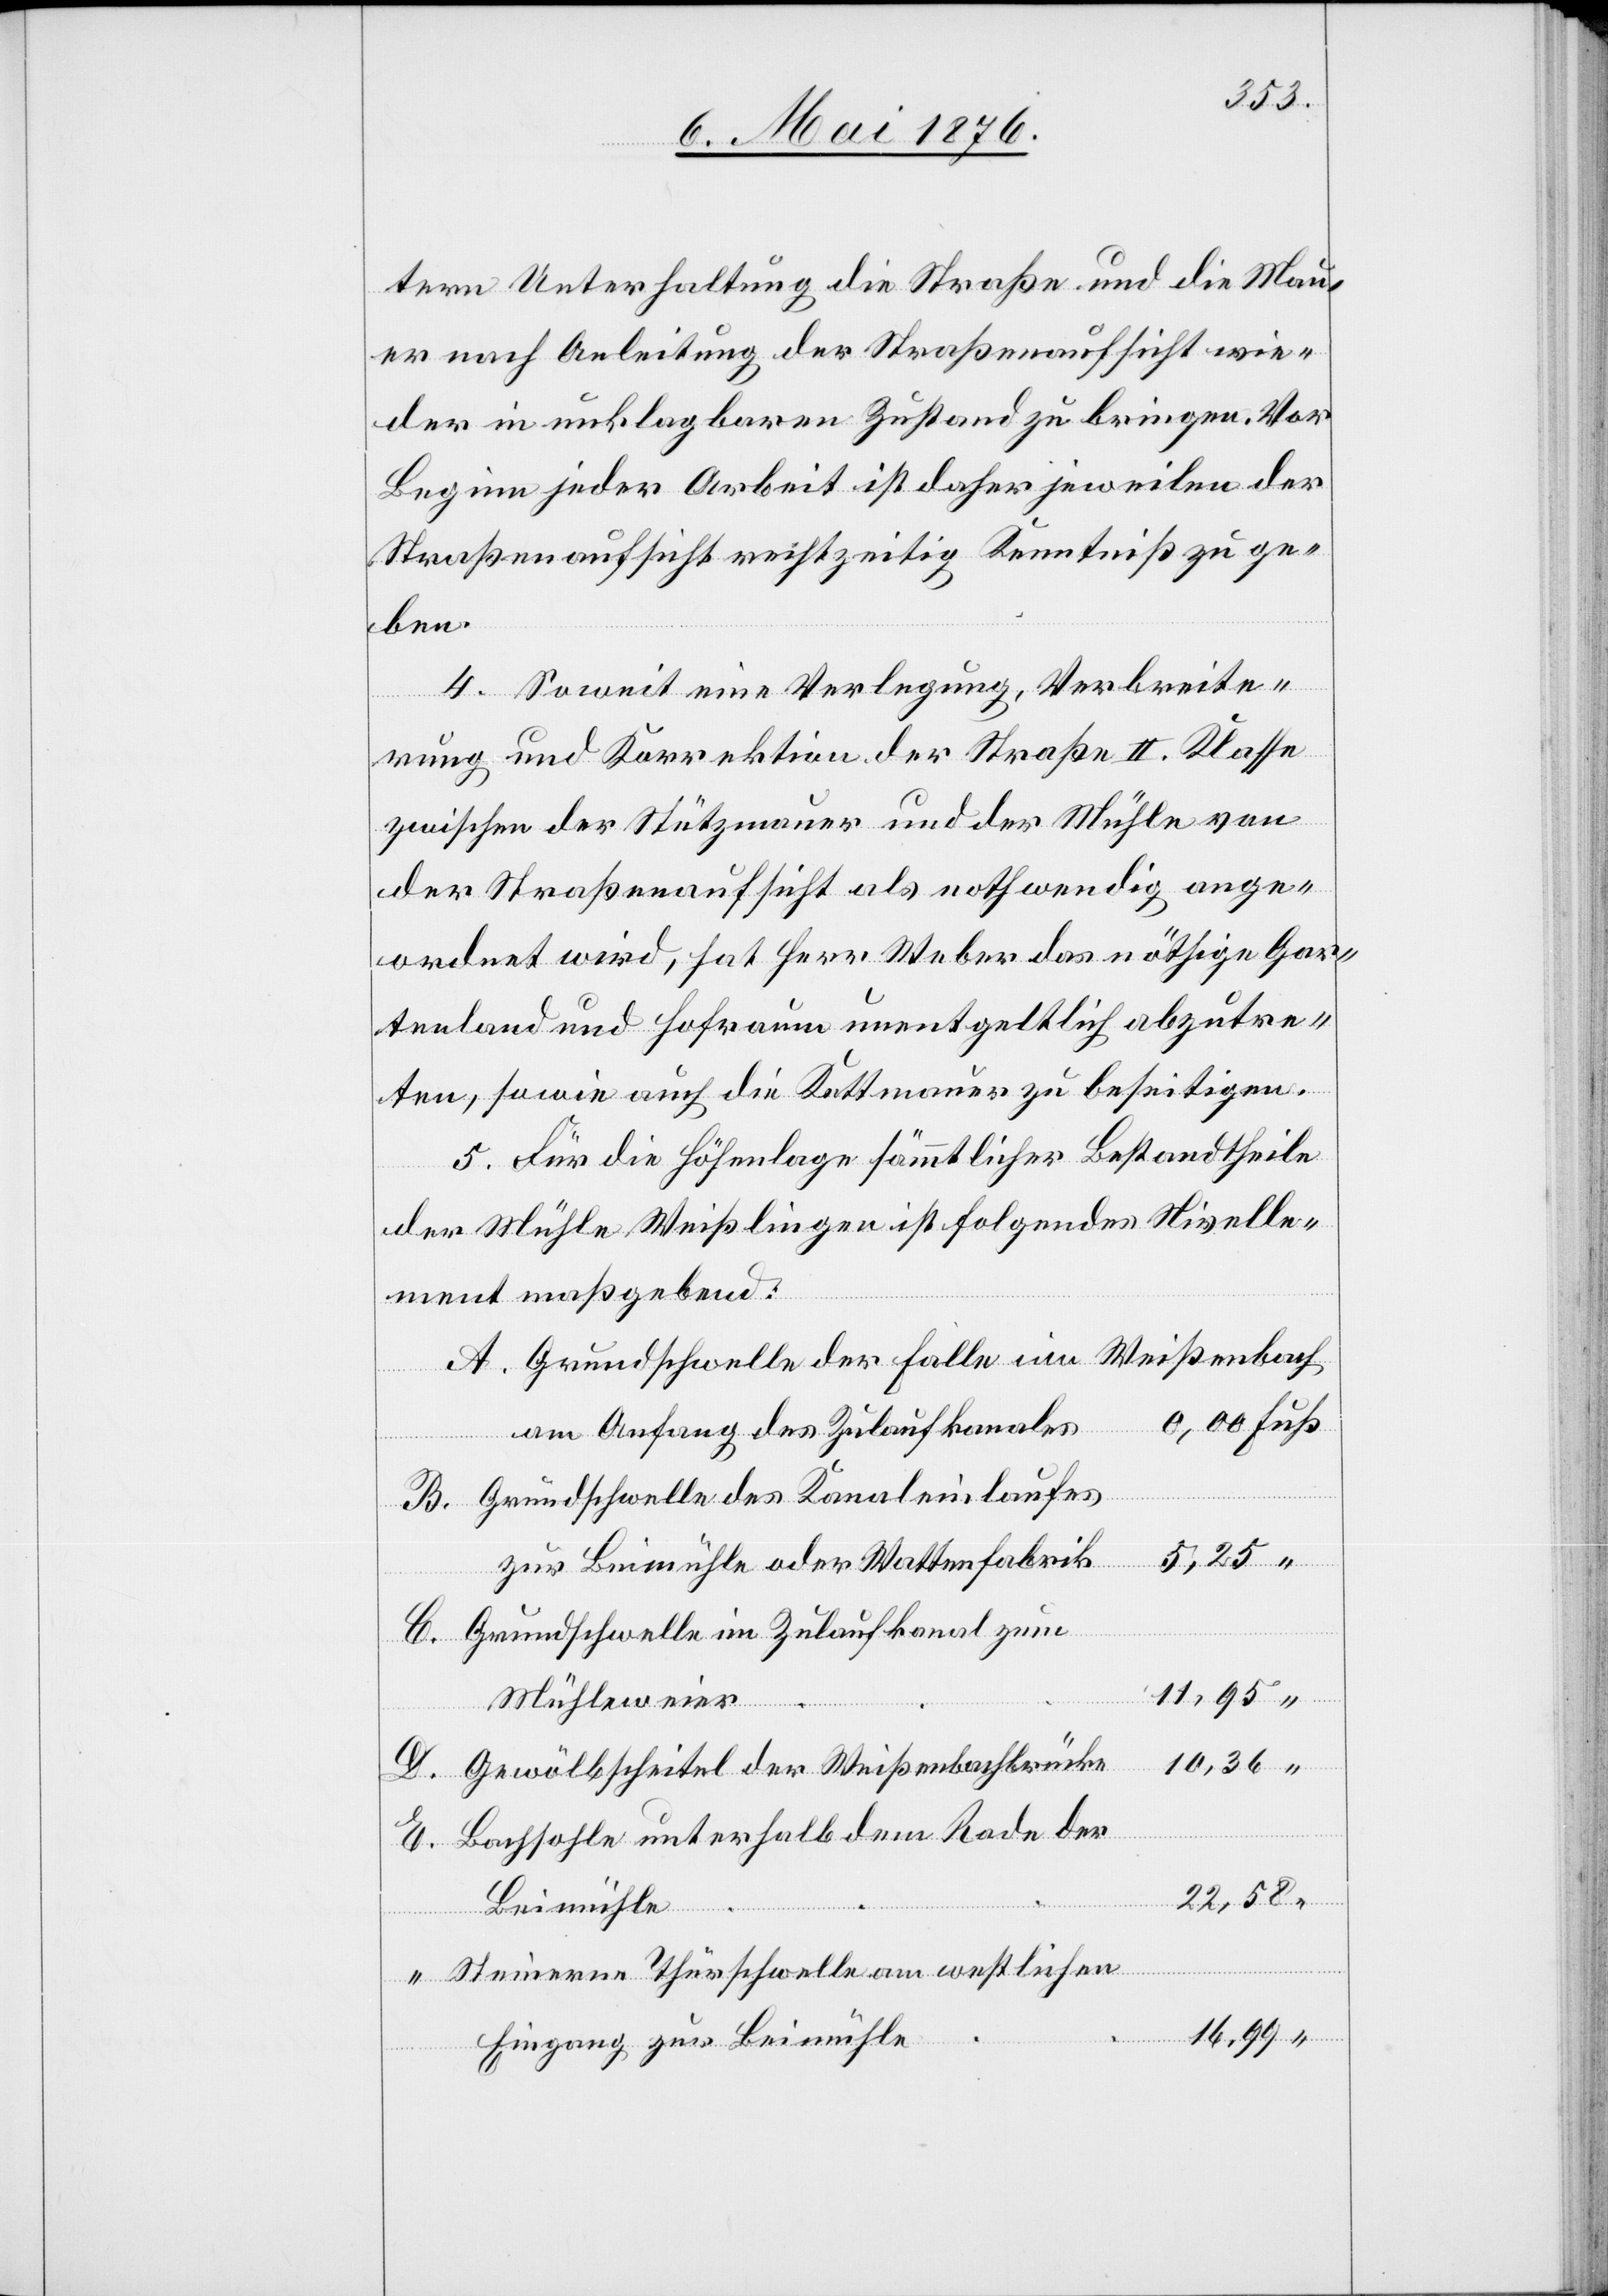
tern Unterhaltung die Straße und die Mau¬
er nach Anleitung der Straßenaufsicht wie¬
der in unklagbaren Zustand zu bringen. Vor
Beginn jeder Arbeit ist daher jeweilen der
Straßenaufsicht rechtzeitig Kenntniß zu ge¬
ben.
4. Soweit eine Verlegung, Verbreite¬
rung und Korrektion der Straße II. Klasse
zwischen der Stützmauer und der Mühle von
der Straßenaufsicht als nothwendig ange¬
ordnet wird, hat Herr Weber das nöthige Gar¬
tenland und Hofraum unentgeltlich abzutre¬
ten, sowie auch die Kuttmauer zu beseitigen.
5. Für die Höhenlage sämmtlicher Bestandtheile
der Mühle Weißlingen ist folgendes Nivelle¬
ment maßgebend:
Grundschwelle der Falle im Weißenbach
am Anfang des Zulaufkanales
Grundschwelle des Kanaleinlaufes
5,25
zur Beimühle oder Wattenfabrik
Grundschwelle im Zulaufkanal zum
11,95
Mühleweier
Gewölbscheitel der Weißenbachbrücke
Bachsohle unterhalt dem Rade der
22,58
“
Beimühle
Steinerne Thürschwelle am westlichen
16,99
Eingang zur Beimühle